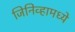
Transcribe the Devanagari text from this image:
जिनिव्हामध्ये